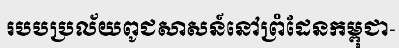
របបប្រល័យពូជសាសន៍នៅព្រំដែនកម្ពុជា-